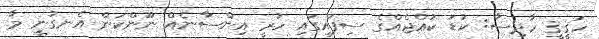
ހަޤީޤީ ހާދިސާ: ކުޑަ ކުއްޖެއްގެ ސިފައިގައި ހުރީ އިންސާނެއް ނޫންކަން އެނގުނީ މާ